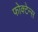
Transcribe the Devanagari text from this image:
फोक्टेन्स